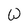
Character: W